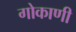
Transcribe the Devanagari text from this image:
गोकाणी